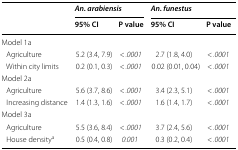
<table><thead><tr><td rowspan="2"></td><td colspan="2"><b><i>An. arabiensis</i></b></td><td colspan="2"><b><i>An. funestus</i></b></td></tr><tr><td><b>95% CI</b></td><td><b>P value</b></td><td><b>95% CI</b></td><td><b>P value</b></td></tr></thead><tbody><tr><td colspan="5">Model 1a</td></tr><tr><td> Agriculture</td><td>5.2 (3.4, 7.9)</td><td>&lt; <i>.0001</i></td><td>2.7 (1.8, 4.0)</td><td>&lt; <i>.0001</i></td></tr><tr><td> Within city limits</td><td>0.2 (0.1, 0.3)</td><td>&lt; <i>.0001</i></td><td>0.02 (0.01, 0.04)</td><td>&lt; <i>.0001</i></td></tr><tr><td colspan="5">Model 2a </td></tr><tr><td> Agriculture</td><td>5.6 (3.7, 8.6)</td><td>&lt; <i>.0001</i></td><td>3.4 (2.3, 5.1)</td><td>&lt; <i>.0001</i></td></tr><tr><td> Increasing distance</td><td>1.4 (1.3, 1.6)</td><td>&lt; <i>.0001</i></td><td>1.6 (1.4, 1.7)</td><td>&lt; <i>.0001</i></td></tr><tr><td colspan="5">Model 3a</td></tr><tr><td> Agriculture</td><td>5.5 (3.6, 8.4)</td><td>&lt; <i>.0001</i></td><td>3.7 (2.4, 5.6)</td><td>&lt; <i>.0001</i></td></tr><tr><td> House density<sup>a</sup></td><td>0.5 (0.4, 0.8)</td><td><i>0.001</i></td><td>0.3 (0.2, 0.4)</td><td>&lt; <i>.0001</i></td></tr></tbody></table>